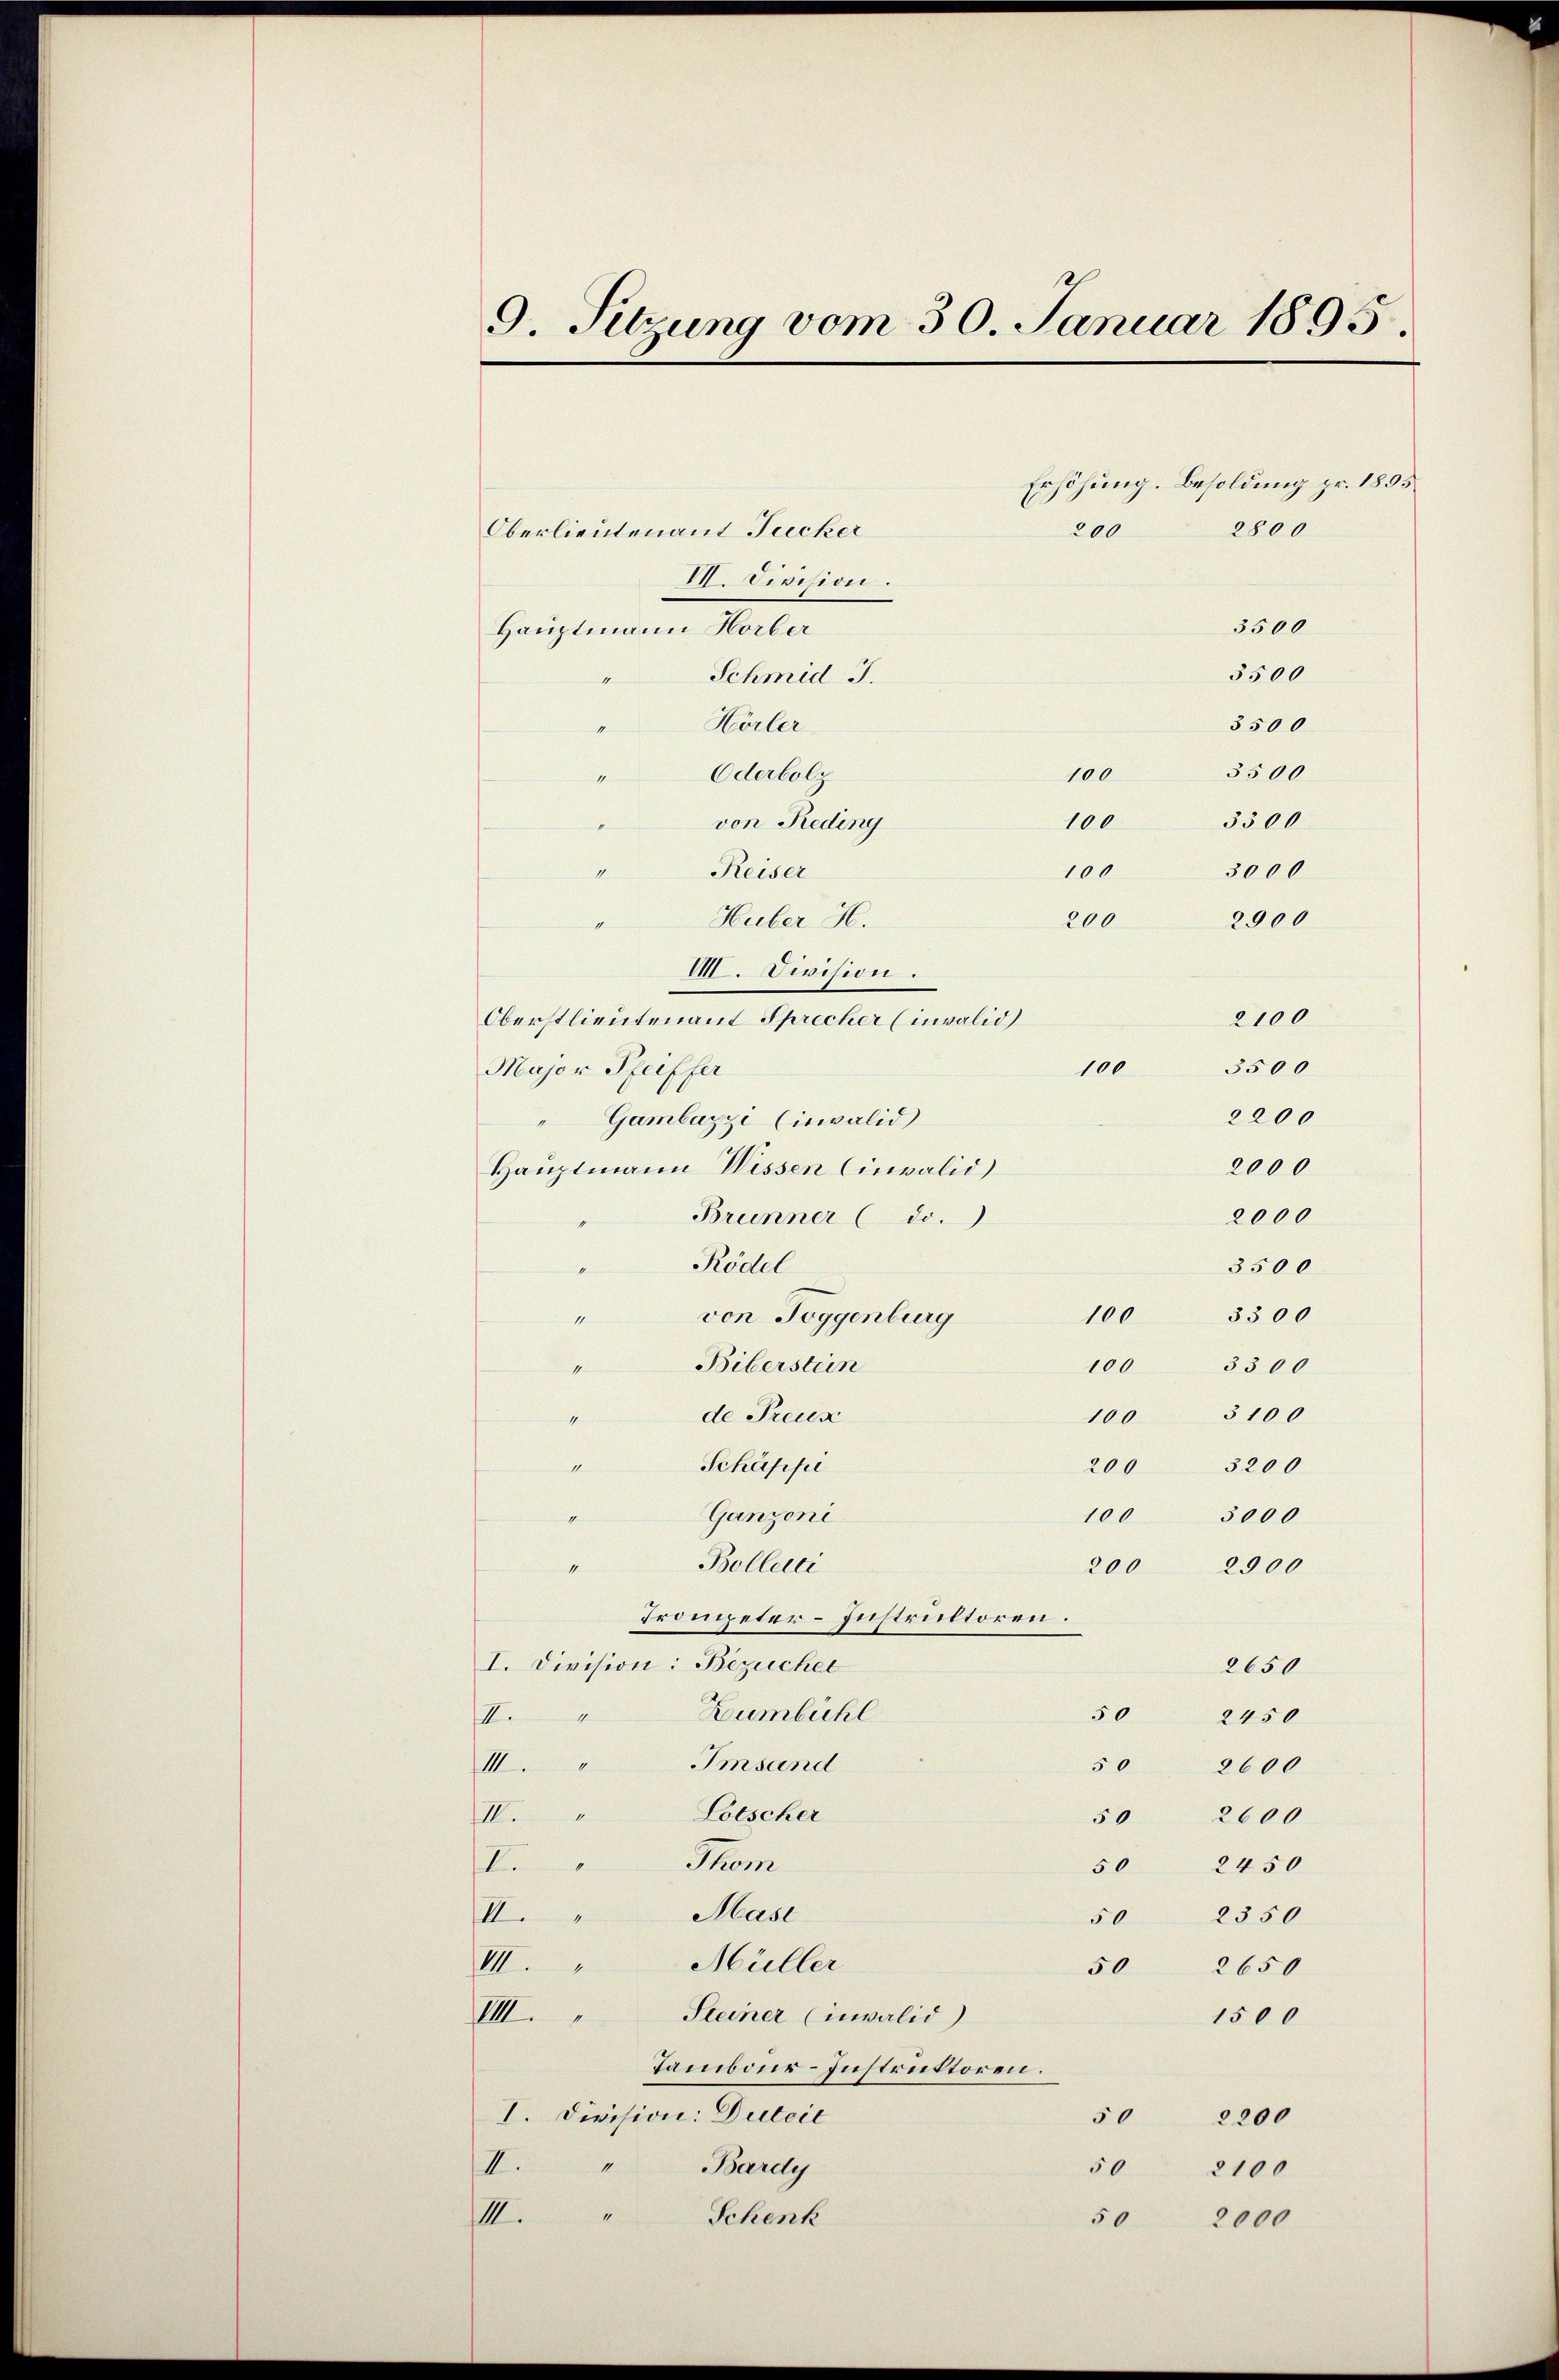
9. Sitzung vom 30. Januar 1895.

Huber H.
VIII. Division.
Oberstlieutenant Sprecher (invalid)
Major Pfeiffer
Gambazzi (invalid
2000
Hauptmann Wissen Cinvalid
2000
Brunner (do.
Rödel
3500
3300
100
von Toggenburg
hi
Biberstein
100
3300
100 3100
de Preux
1
Schäppi
200
1
3200
Ganzoni
100
3000
Bollati
2900
200
Trompeter-Instruktoren.
I. Division: Bezeicher
2650
50
Dumbühl
2450
4
III.
IIImsand
50
2600
Lotscher
IV.
2600
50
Stem
2450
50
II.
Masi
2350
III.
50
VII. Müller
50
2650
VIII. Steiner (invalid)
1500
Tambour-Instruktoren.
I. Division: Duteil
50
2200
1
Bardy
II.
50
2100
Schenk
“
III.
50 2000

Hauptmann Horber
Schmid J.
Hörler
Oderbolz
von Reding
Reiser

Oberlieutenant Jucker

VII. Division.

3500
5500
3500
3500
100
3300
100
3000
100
2900
200
2100
100
3500
2200

Erhöhung. Besoldung pr. 1855
2800
200